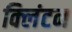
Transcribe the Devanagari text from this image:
क्‍लिंटन